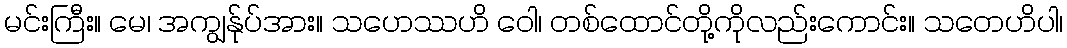
မင်းကြီး။ မေ၊ အကျွန်ုပ်အား။ သဟေဿဟိ ဝေါ၊ တစ်ထောင်တို့ကိုလည်းကောင်း။ သတေဟိပါ၊